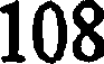
108